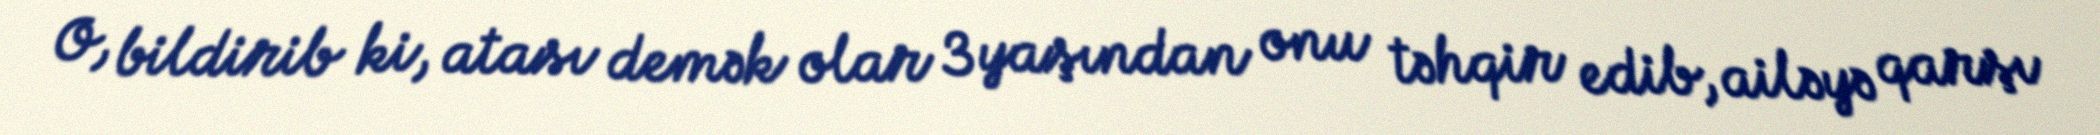
O, bildirib ki, atası demək olar 3 yaşından onu təhqir edib, ailəyə qarşı